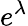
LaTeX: e^{\lambda}